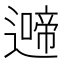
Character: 𮟍